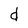
Character: d